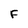
Character: F